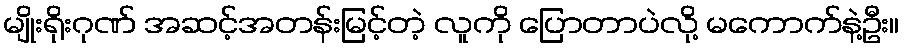
မျိုးရိုးဂုဏ် အဆင့်အတန်းမြင့်တဲ့ လူကို ပြောတာပဲလို့ မကောက်နဲ့ဦး။